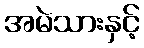
အမဲသားနှင့်